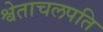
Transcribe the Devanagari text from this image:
श्वेताचलपति